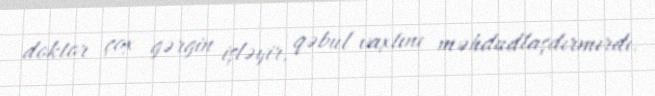
doktor çox gərgin işləyir, qəbul vaxtını məhdudlaşdırmırdı.